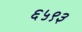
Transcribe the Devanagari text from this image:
६५९३